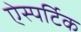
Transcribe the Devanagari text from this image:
ऐस्पर्टिक